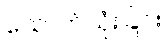
သောက်သုံးခြင်း